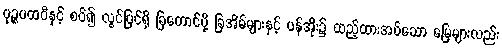
ပုဉ္ဇပထဝီနှင့် စပ်၍ လွင်ပြင်ရှိ ခြတောင်ပို့ ခြအိမ်များနှင့် ပန်အိုး၌ ထည့်ထားအပ်သော မြေများလည်း